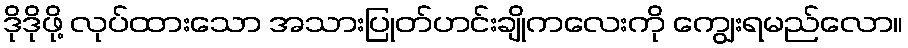
ဒိုဒိုဖို့ လုပ်ထားသော အသားပြုတ်ဟင်းချိုကလေးကို ကျွေးရမည်လော။